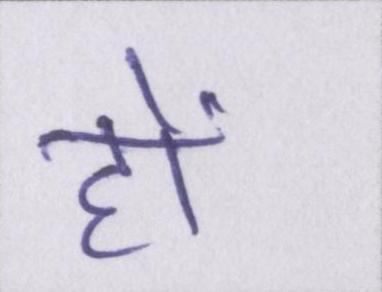
हों